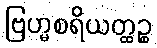
ဗြဟ္မစရိယတ္ထဉ္စ